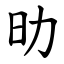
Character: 㫑